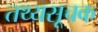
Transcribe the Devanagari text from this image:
तथ्यसूचक